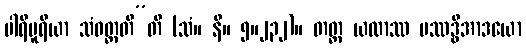
ပါရိပူရိယာ သံဝတ္တတီ”တိ (သံ။ နိ။ ၅။၂၃၂)။ တတ္ထ ယထာဿ ပဿဒ္ဓိအာဒယော